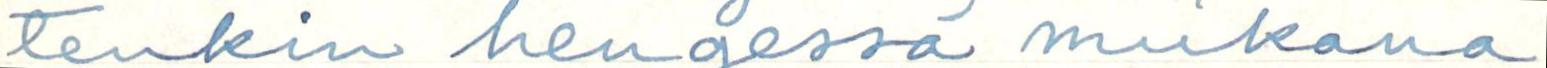
tenkin hengessä mukana